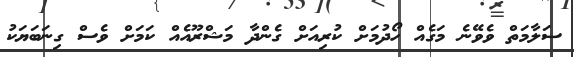
ސަލާމަތް ވެވޭނެ މަގެއް ހޯދުމަށް ކުރިއަށް ގެންދާ މަޝްރޫއެއް ކަމަށް ވެސް ގިނަބަޔަކު